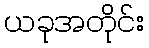
ယခုအတိုင်း